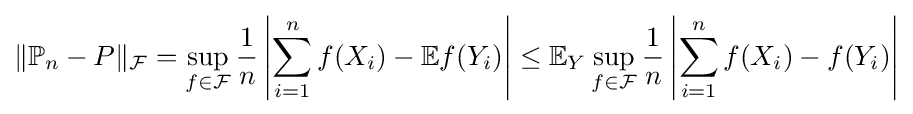
\|\mathbb {P} _{n}-P\|_{\mathcal {F}}=\sup _{f\in {\mathcal {F}}}{\dfrac {1}{n}}\left|\sum _{i=1}^{n}f(X_{i})-\mathbb {E} f(Y_{i})\right|\leq \mathbb {E} _{Y}\sup _{f\in {\mathcal {F}}}{\dfrac {1}{n}}\left|\sum _{i=1}^{n}f(X_{i})-f(Y_{i})\right|